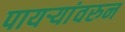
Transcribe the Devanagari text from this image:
पायऱ्यांवरुन